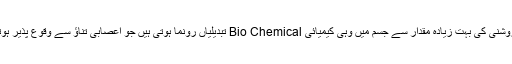
جرمنی میں کی جانے والی ایک ریسرچ سے یہ بات سامنے آئی ہے کہ مصنوعی روشنی کی بہت زیادہ مقدار سے جسم میں وہی کیمیائی Bio Chemical تبدیلیاں رونما ہوتی ہیں جو اعصابی تناؤ سے وقوع پذیر ہوتی ہیں ،خصوصاً ہائی پریشر ،سوڈیم ریپر روشنی میں تو یہ عمل بہت بڑھ جاتاہے ۔